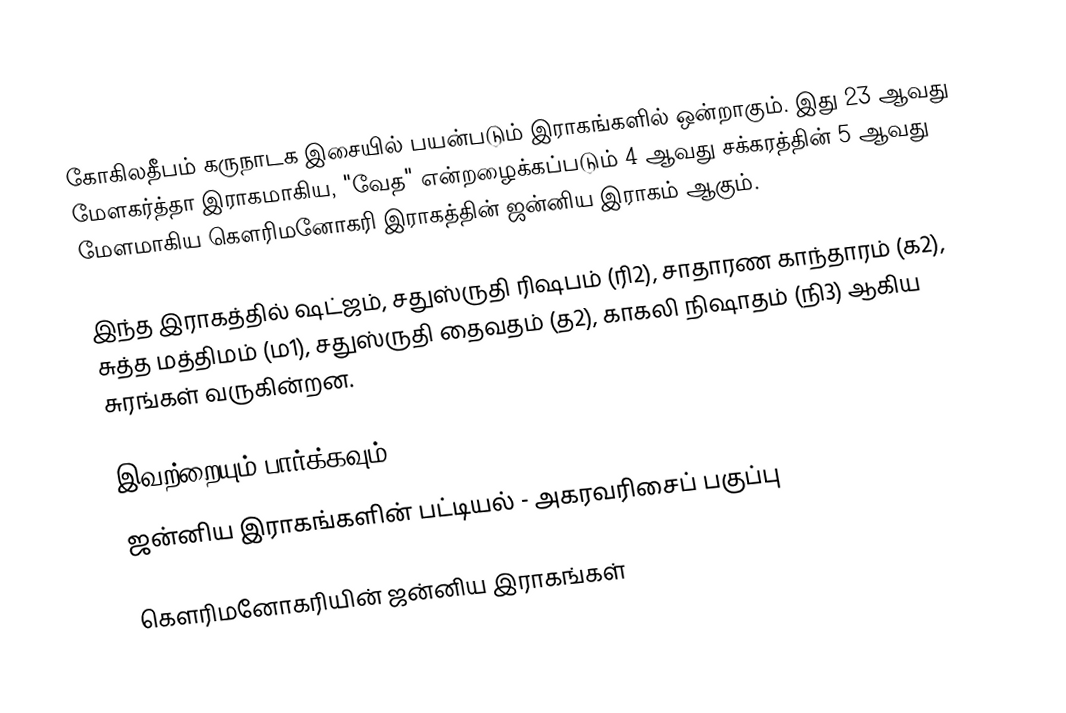
கோகிலதீபம் கருநாடக இசையில் பயன்படும் இராகங்களில் ஒன்றாகும். இது 23 ஆவது மேளகர்த்தா இராகமாகிய, "வேத" என்றழைக்கப்படும் 4 ஆவது சக்கரத்தின் 5 ஆவது மேளமாகிய கௌரிமனோகரி இராகத்தின் ஜன்னிய இராகம் ஆகும்.

இந்த இராகத்தில் ஷட்ஜம், சதுஸ்ருதி ரிஷபம் (ரி2),  சாதாரண காந்தாரம் (க2), சுத்த மத்திமம் (ம1), சதுஸ்ருதி தைவதம் (த2), காகலி நிஷாதம்  (நி3) ஆகிய சுரங்கள் வருகின்றன.

இவற்றையும் பார்க்கவும்
 ஜன்னிய இராகங்களின் பட்டியல் - அகரவரிசைப் பகுப்பு

கௌரிமனோகரியின் ஜன்னிய இராகங்கள்